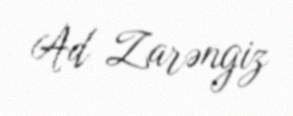
Ad Zarəngiz